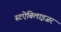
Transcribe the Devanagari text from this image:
स्टऐबिलाइजर